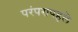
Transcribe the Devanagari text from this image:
परंपरापहले